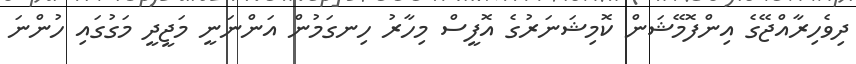
ދިވެހިރާއްޖޭގެ އިންފޮމޭޝަން ކޮމިޝަނަރުގެ އޮފީސް މިހާރު ހިނގަމުން އަންނަނީ މަޖީދީ މަގުގައި ހުންނަ